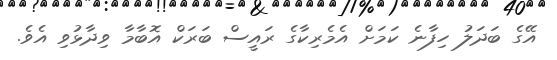
އޭގެ ބަދަލު ހިފާނެ ކަމަށް އެމެރިކާގެ ރައީސް ބަރަކް އޮބާމާ ވިދާޅުވި އެވެ.